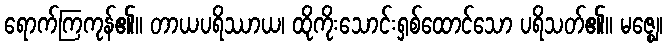
ရောက်ကြကုန်၏။ တာယပရိဿာယ၊ ထိုကိုးသောင်းရှစ်ထောင်သော ပရိသတ်၏။ မဇ္ဈေ၊